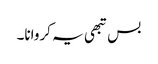
بس تبھی یہ کروانا۔